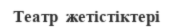
Театр  жетістіктері